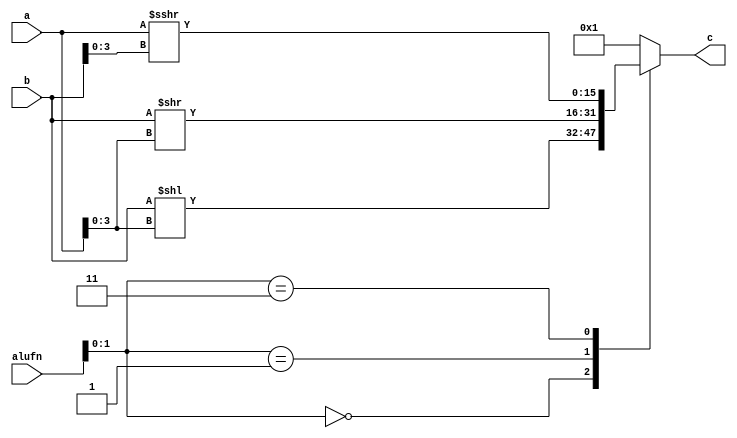
module shift_41 (
    input [5:0] alufn,
    input [15:0] a,
    input [15:0] b,
    output reg [15:0] c
  );
  
  
  
  always @* begin
    c = 8'h01;
    
    case (alufn[0+1-:2])
      2'h0: begin
        c = b << a[0+3-:4];
      end
      2'h1: begin
        c = b >> a[0+3-:4];
      end
      2'h3: begin
        c = $signed(a) >>> b[0+3-:4];
      end
    endcase
  end
endmodule